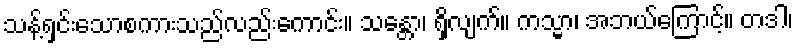
သန့်ရှင်းသောစကားသည်လည်းကောင်း။ သန္တော၊ ရှိလျက်။ ကသ္မာ၊ အဘယ်ကြောင့်။ တဒါ၊